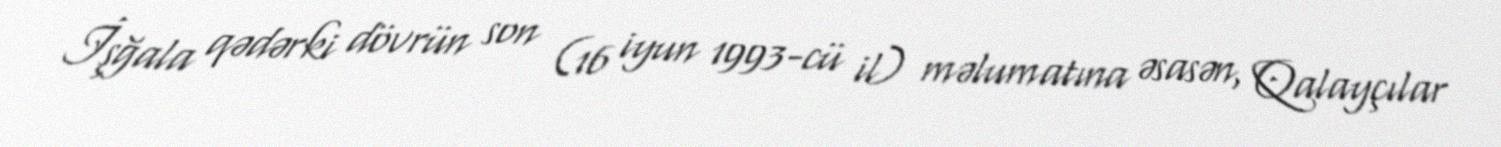
İşğala qədərki dövrün son (16 iyun 1993-cü il) məlumatına əsasən, Qalayçılar